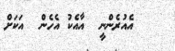
އެއުރެންނީ  އާއެކު އެހެން  އަކަށް